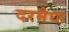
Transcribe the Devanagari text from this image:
दरमेघा